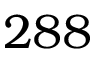
2 8 8